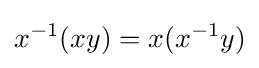
x^{-1}(xy)=x(x^{-1}y)